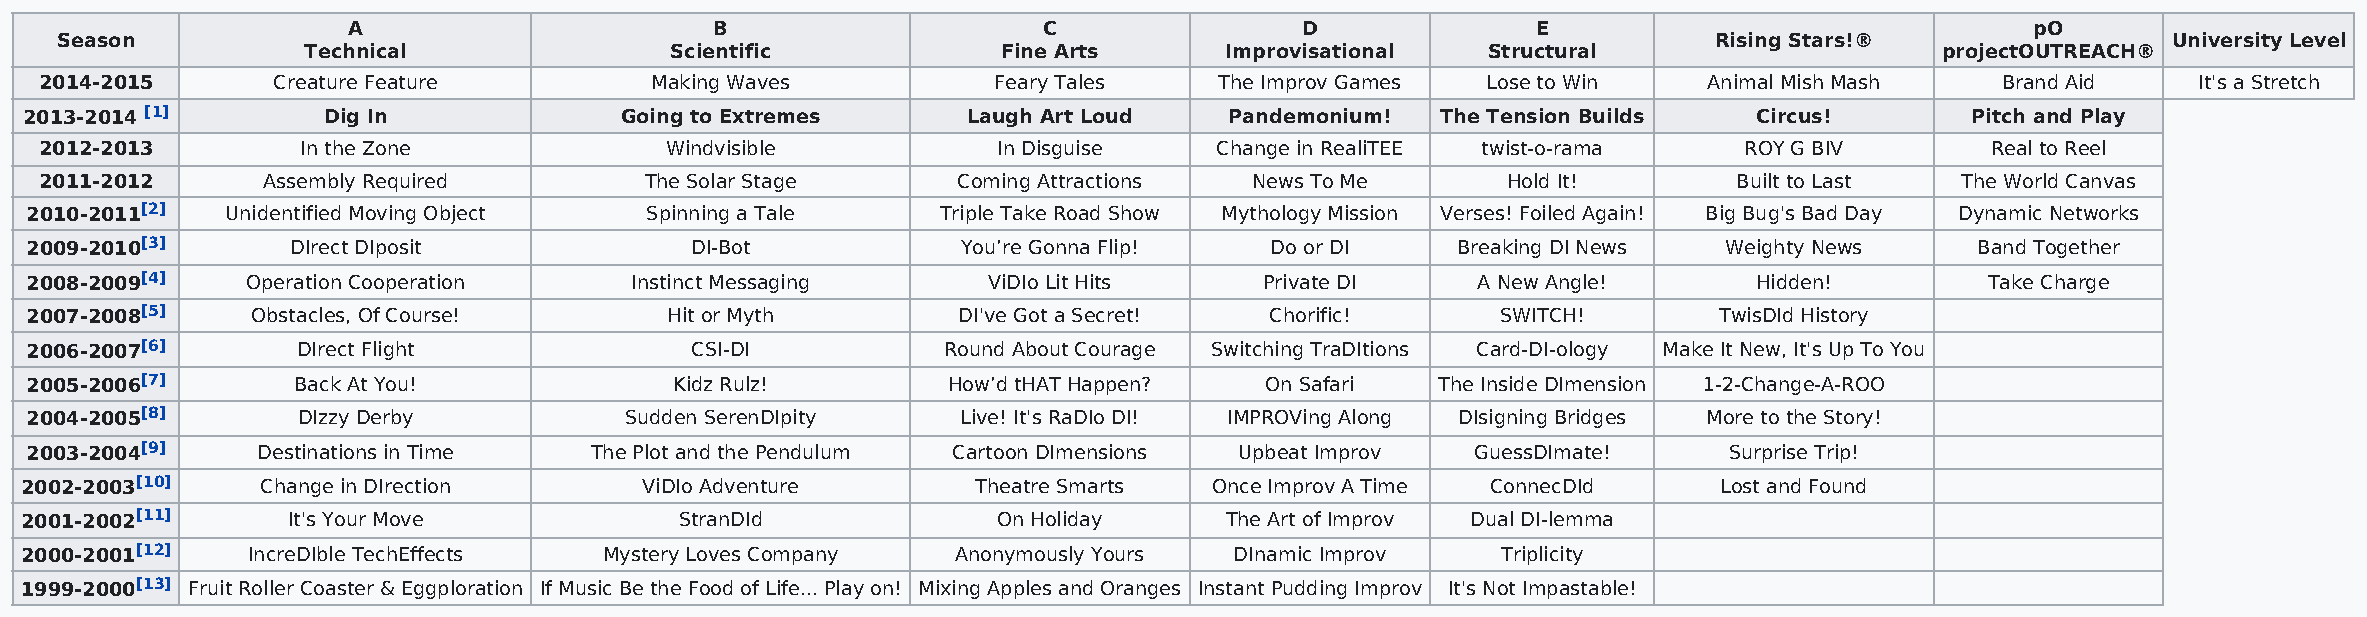
A                       B                     C                D               E                                pO
 Season                                                                                                        Rising Stars!®                University Level
 Technical               Scientific            Fine Arts      Improvisational  Structural                     projectOUTREACH®
 2014-2015      Creature Feature         Making Waves           Feary Tales    The Improv Games Lose to Win    Animal Mish Mash   Brand Aid     It's a Stretch
 2013-2014 [1]      Dig In              Going to Extremes      Laugh Art Loud   Pandemonium!  The Tension Builds   Circus!       Pitch and Play
 2012-2013        In the Zone             Windvisible           In Disguise    Change in RealiTEE twist-o-rama   ROY G BIV        Real to Reel
 2011-2012     Assembly Required         The Solar Stage     Coming Attractions  News To Me       Hold It!       Built to Last  The World Canvas
 2010-2011[2] Unidentified Moving Object  Spinning a Tale    Triple Take Road Show Mythology Mission Verses! Foiled Again! Big Bug's Bad Day Dynamic Networks
 2009-2010[3]     DIrect DIposit             DI-Bot            You’re Gonna Flip!  Do or DI    Breaking DI News  Weighty News     Band Together
 2008-2009[4]  Operation Cooperation     Instinct Messaging     ViDIo Lit Hits     Private DI    A New Angle!      Hidden!         Take Charge
 2007-2008[5]   Obstacles, Of Course!      Hit or Myth        DI've Got a Secret!  Chorific!      SWITCH!        TwisDId History
 2006-2007[6]      DIrect Flight             CSI-DI          Round About Courage Switching TraDItions Card-DI-ology Make It New, It's Up To You
 2005-2006[7]     Back At You!              Kidz Rulz!        How’d tHAT Happen?   On Safari  The Inside DImension 1-2-Change-A-ROO
 2004-2005[8]      DIzzy Derby          Sudden SerenDIpity     Live! It's RaDIo DI! IMPROVing Along DIsigning Bridges More to the Story!
 2003-2004[9]   Destinations in Time  The Plot and the Pendulum Cartoon DImensions Upbeat Improv GuessDImate!    Surprise Trip!
 2002-2003[10]   Change in DIrection       ViDIo Adventure       Theatre Smarts Once Improv A Time ConnecDId      Lost and Found
 2001-2002[11]     It's Your Move            StranDId             On Holiday     The Art of Improv Dual DI-lemma
 2000-2001[12]  IncreDIble TechEffects  Mystery Loves Company  Anonymously Yours  DInamic Improv   Triplicity
 1999-2000[13] Fruit Roller Coaster & Eggploration If Music Be the Food of Life... Play on! Mixing Apples and Oranges Instant Pudding Improv It's Not Impastable!